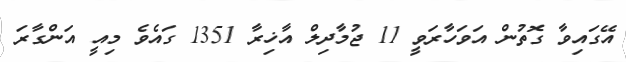
އޭގައިވާ ގޮތުން އަވަހާރަވީ 11 ޖުމާދިލް އާޚިރާ 1351 ގައެވެ މިއީ އަންގާރަ